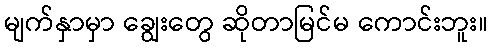
မျက်နှာမှာ ချွေးတွေ ဆိုတာမြင်မ ကောင်းဘူး။